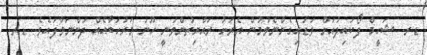
ޑރ. ޝަހީމް ފޯކައިދުއަށް ވަޑައިގެންނެވުމުން އެރަށު ރައްޔިތުންވަނީ ހޫނު މަރުހަބާއެއް ދަންނަވާފައެވެ. ޑރ.